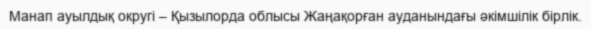
Манап ауылдық округі – Қызылорда облысы Жаңақорған ауданындағы әкімшілік бірлік.